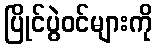
ပြိုင်ပွဲဝင်များကို